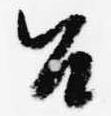
召